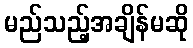
မည်သည့်အချိန်မဆို